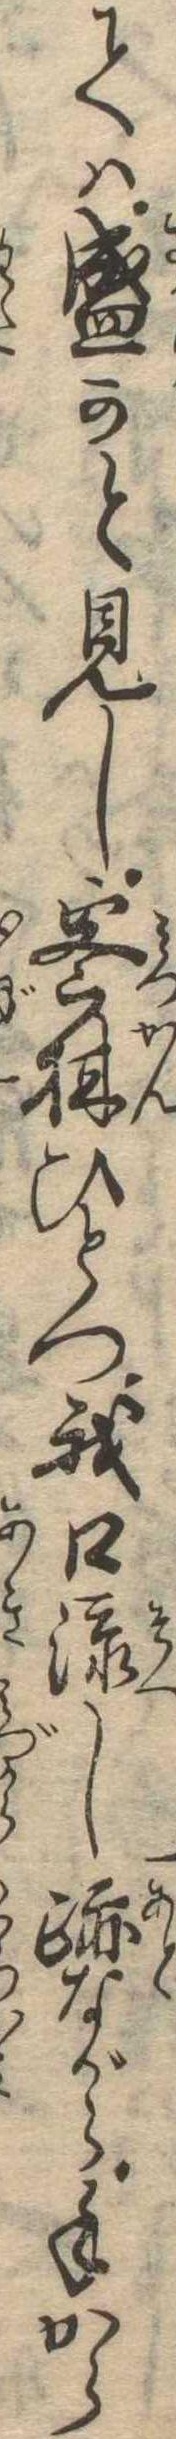
ては盛かと見し密柑ひとつ我口添し跡ながら手から